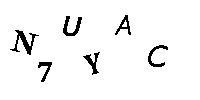
N7UYAC